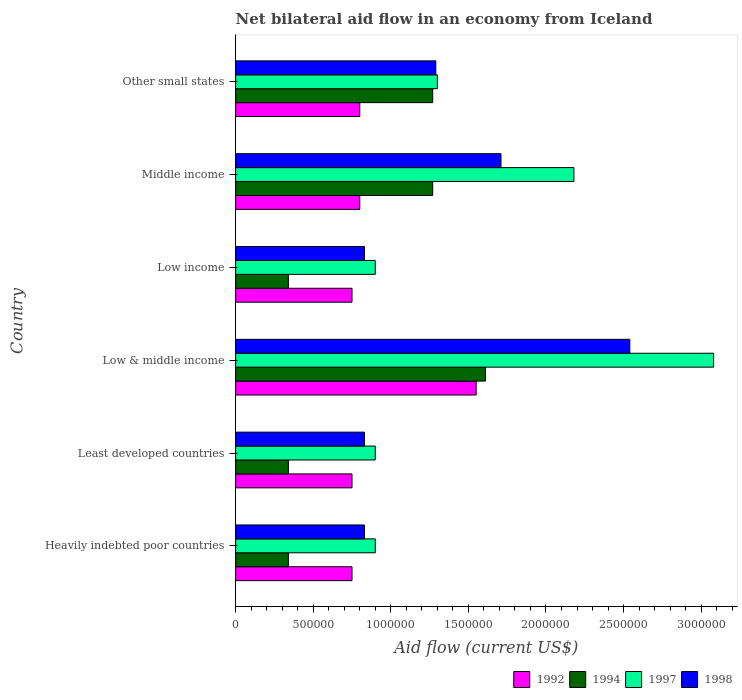
| Country | 1992 | 1994 | 1997 | 1998 |
 | --- | --- | --- | --- | --- |
 | Heavily indebted poor countries | 7.5e+05 | 3.4e+05 | 9e+05 | 8.3e+05 |
 | Least developed countries | 7.5e+05 | 3.4e+05 | 9e+05 | 8.3e+05 |
 | Low & middle income | 1.55e+06 | 1.61e+06 | 3.08e+06 | 2.54e+06 |
 | Low income | 7.5e+05 | 3.4e+05 | 9e+05 | 8.3e+05 |
 | Middle income | 8e+05 | 1.27e+06 | 2.18e+06 | 1.71e+06 |
 | Other small states | 8e+05 | 1.27e+06 | 1.3e+06 | 1.29e+06 |